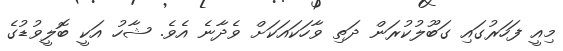
މިއީ ފަހަރުގައި ގަބޫލުކުރަން ދަތި ވާހަކައަކަށް ވެދާނެ އެވެ. ޝާހު އަކީ ބޮލީވުޑުގެ